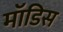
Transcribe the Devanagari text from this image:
मॉडिस